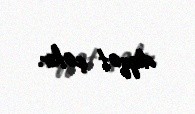
diqqət çəkir.